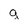
Character: g